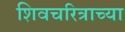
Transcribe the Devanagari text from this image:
शिवचरित्राच्या